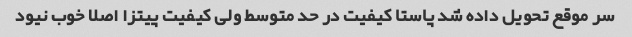
سر موقع تحویل داده شد پاستا کیفیت در حد متوسط ولی کیفیت پیتزا اصلا خوب نیود